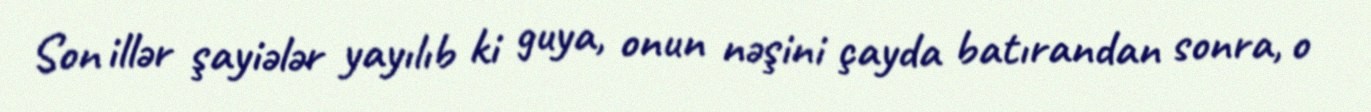
Son illər şayiələr yayılıb ki guya, onun nəşini çayda batırandan sonra, o